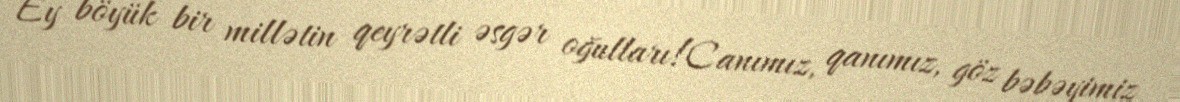
Ey böyük bir millətin qeyrətli əsgər oğulları!Canımız, qanımız, göz bəbəyimiz